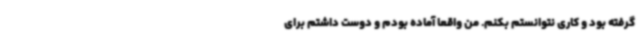
گرفته بود و کاری نتوانستم بکنم. من واقعا آماده بودم و دوست داشتم برای